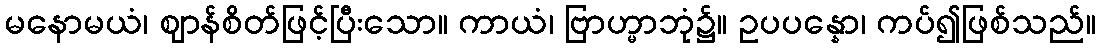
မနောမယံ၊ ဈာန်စိတ်ဖြင့်ပြီးသော။ ကာယံ၊ ဗြာဟ္မာဘုံ၌။ ဥပပန္နော၊ ကပ်၍ဖြစ်သည်။